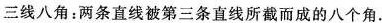
三线八角：两条直线被第三条直线所截而成的八个角.